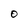
Character: O